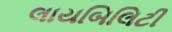
લાયબિલિટી